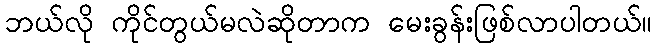
ဘယ်လို ကိုင်တွယ်မလဲဆိုတာက မေးခွန်းဖြစ်လာပါတယ်။